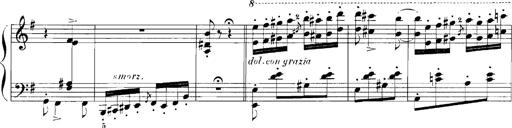
Title: Rhapsodies hongroises
Composer: Franz Liszt